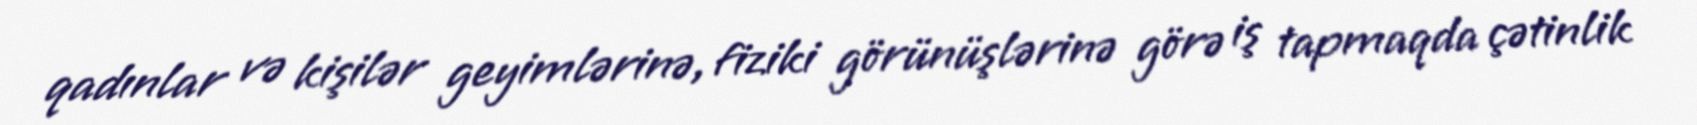
qadınlar və kişilər geyimlərinə, fiziki görünüşlərinə görə iş tapmaqda çətinlik